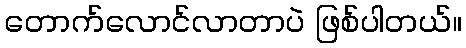
တောက်လောင်လာတာပဲ ဖြစ်ပါတယ်။